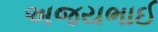
અજયભાઈ